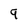
Character: 9